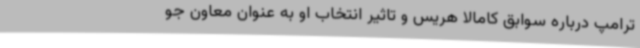
ترامپ درباره سوابق کامالا هریس و تاثیر انتخاب او به عنوان معاون جو